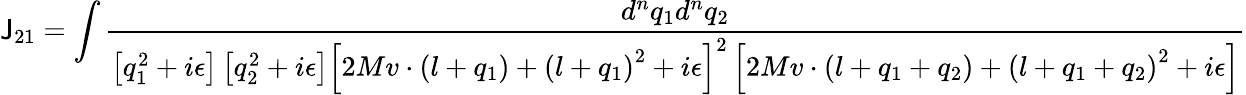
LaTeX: \mathsf{J}_{21}=\int{\frac{{d^{n}q_{1}d^{n}q_{2}}}{{\left[q_{1}^{2}+i\epsilon\right]\left[q_{2}^{2}+i\epsilon\right]\left[2Mv\cdot\left(l+q_{1}\right)+\left(l+q_{1}\right)^{2}+i\epsilon\right]^{2}\left[2Mv\cdot\left(l+q_{1}+q_{2}\right)+\left(l+q_{1}+q_{2}\right)^{2}+i\epsilon\right]}}}